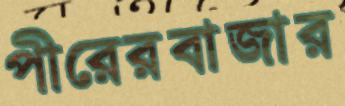
পীরেরবাজার